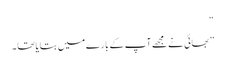
“
” بھائی نے مجھے آپ کے بارے میں بتایا تھا ۔